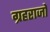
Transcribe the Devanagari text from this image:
ग्रहराजो